Problem: 39 + 29 = ?
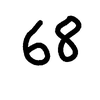
Handwritten answer: 68